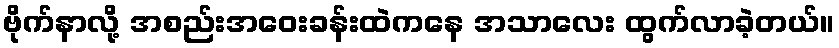
ဗိုက်နာလို့ အစည်းအဝေးခန်းထဲကနေ အသာလေး ထွက်လာခဲ့တယ်။